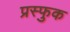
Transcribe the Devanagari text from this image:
प्रस्फुक